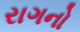
રાગનો